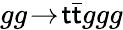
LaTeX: gg\! \rightarrow\! \mathsf{t}\bar{{\mathsf{t}}}ggg